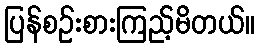
ပြန်စဉ်းစားကြည့်မိတယ်။